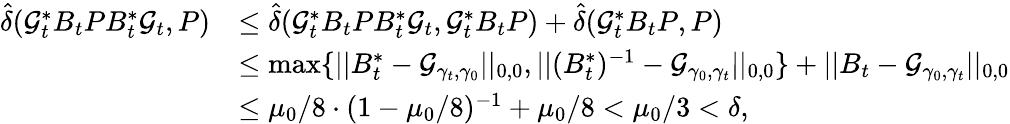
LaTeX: \begin{array}{rl}{\hat{\delta}(\mathcal{G}_{t}^{\ast}B_{t}PB_{t}^{\ast}\mathcal{G}_{t},P)}&{\leq\hat{\delta}(\mathcal{G}_{t}^{\ast}B_{t}PB_{t}^{\ast}\mathcal{G}_{t},\mathcal{G}_{t}^{\ast}B_{t}P)+\hat{\delta}(\mathcal{G}_{t}^{\ast}B_{t}P,P)}\\ &{\leq\operatorname*{max}\{ ||B_{t}^{\ast}-\mathcal{G}_{\gamma_{t},\gamma_{0}}||_{0,0},||(B_{t}^{\ast})^{-1}-\mathcal{G}_{\gamma_{0},\gamma_{t}}||_{0,0}\} +||B_{t}-\mathcal{G}_{\gamma_{0},\gamma_{t}}||_{0,0}}\\ &{\leq\mu_{0}/8\cdot(1-\mu_{0}/8)^{-1}+\mu_{0}/8<\mu_{0}/3<\delta,}\end{array}